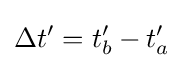
\Delta t^{\prime }=t_{b}^{\prime }-t_{a}^{\prime }